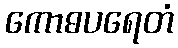
ကောဓပရေတံ